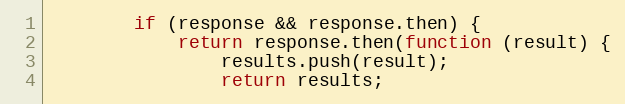
Language: JavaScript
        if (response && response.then) {
            return response.then(function (result) {
                results.push(result);
                return results;